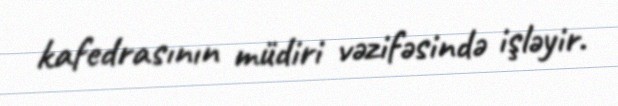
kafedrasının müdiri vəzifəsində işləyir.